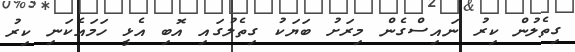
ގިތެލުން ކިރު ނައިސްގެން މިރަށު ބަޔަކު ގިތެލުގައި އޮބި އެޅީ ހަމައެކަނި ކިރު